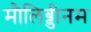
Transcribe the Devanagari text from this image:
मौलिब्डीनम